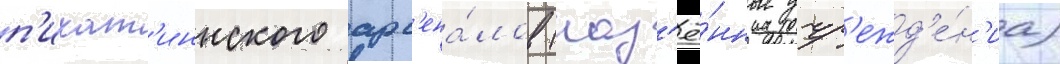
п'икат'иннского арс'ена́лов (каз'ё́нные учр'ежд'е́н'иа)